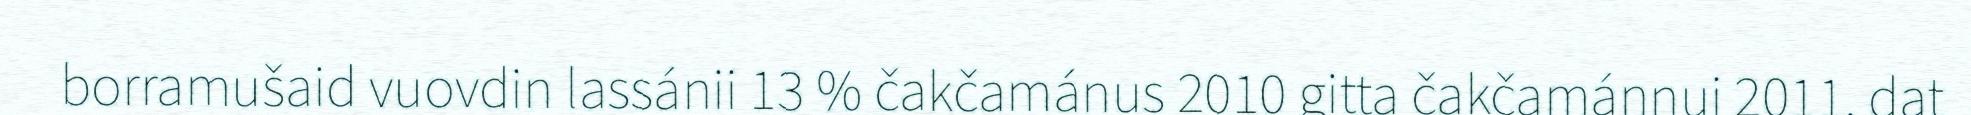
borramušaid vuovdin lassánii 13 % čakčamánus 2010 gitta čakčamánnui 2011, dat